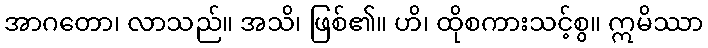
အာဂတော၊ လာသည်။ အသိ၊ ဖြစ်၏။ ဟိ၊ ထိုစကားသင့်စွ။ ဣမိဿာ